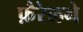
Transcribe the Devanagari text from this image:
फ़ैरेलने